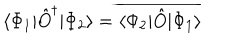
\langle \Phi _ { 1 } | \hat { O } ^ { \dagger } | \Phi _ { 2 } \rangle = \overline { { { \langle \Phi _ { 2 } | \hat { O } | \Phi _ { 1 } \rangle } } }